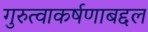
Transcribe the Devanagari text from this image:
गुरुत्वाकर्षणाबद्दल